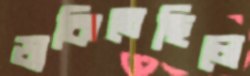
ডাকিতেছিলে